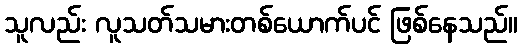
သူလည်း လူသတ်သမားတစ်ယောက်ပင် ဖြစ်နေသည်။